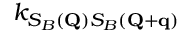
k _ { S _ { B } ( \mathbf { Q } ) S _ { B } ( \mathbf { Q } + \mathbf { q } ) }